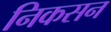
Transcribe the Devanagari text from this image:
निकसन